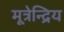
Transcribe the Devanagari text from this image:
मूत्रेन्द्रिय